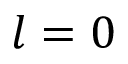
l = 0